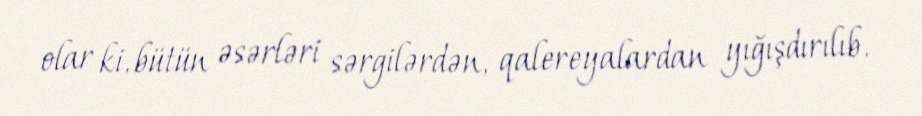
olar ki, bütün əsərləri sərgilərdən, qalereyalardan yığışdırılıb.